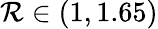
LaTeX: \mathcal{R}\in(1,1.65)